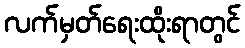
လက်မှတ်ရေးထိုးရာတွင်